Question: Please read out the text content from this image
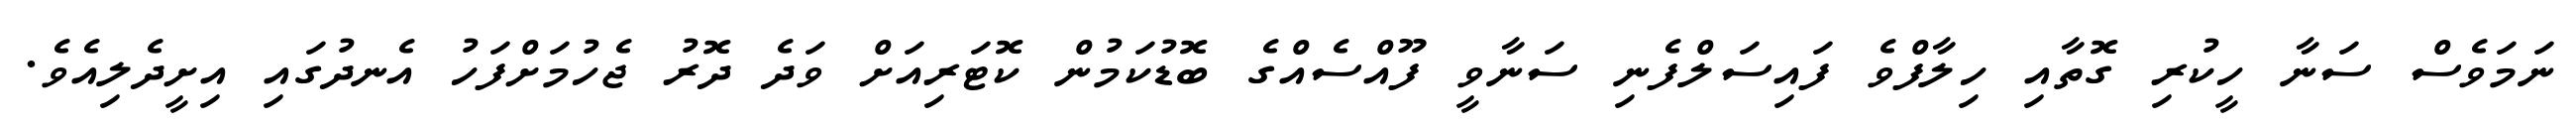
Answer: ނަމަވެސް ސަނާ ހީކުރި ގޮތާއި ހިލާފްވެ ފައިސަލްފެނި ސަނާވީ ފޫއްސެއްގެ ބޮޑުކަމުން ކޮޓަރިއަށް ވަދެ ދޮރު ޖެހުމަށްފަހު އެނދުގައި އިށީދެލިއެވެ.